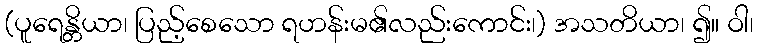
(ပူရေန္တိယာ၊ ပြည့်စေသော ရဟန်းမ၏လည်းကောင်း၊) အသတိယာ၊ ၍။ ဝါ၊